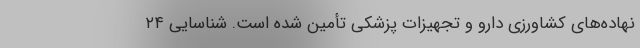
نهاده‌های کشاورزی دارو و تجهیزات پزشکی تأمین شده است. شناسایی ۲۴